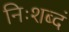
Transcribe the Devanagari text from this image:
निःशब्दं